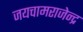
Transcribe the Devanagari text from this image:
जयचामराजेन्द्र